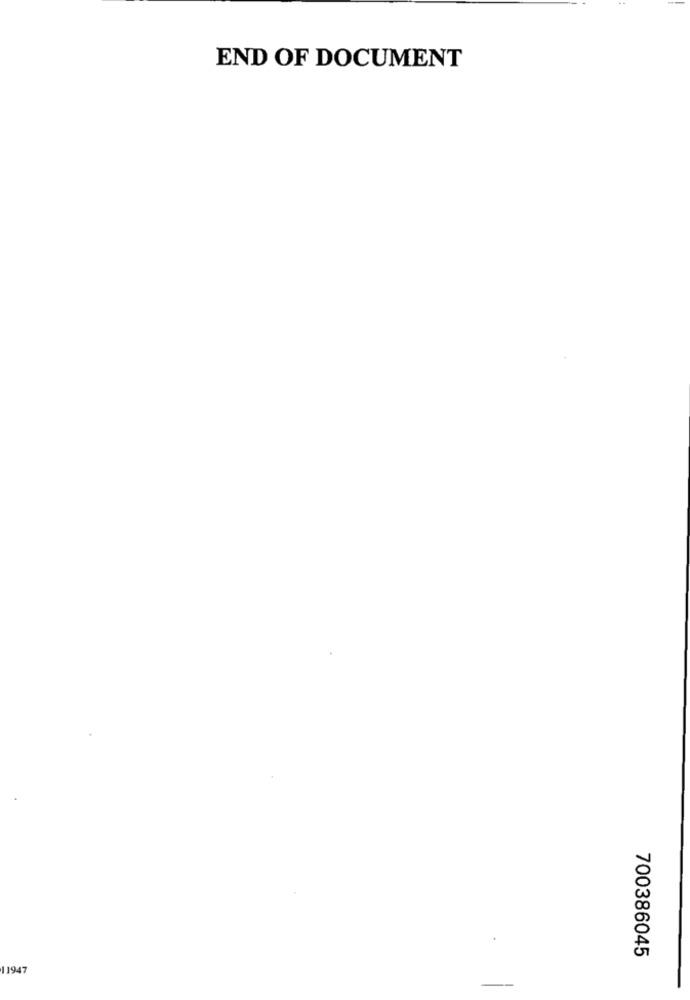
END OF DOCUMENT
700386045
11947